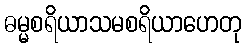
ဓမ္မစရိယာသမစရိယာဟေတု